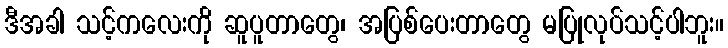
ဒီအခါ သင့်ကလေးကို ဆူပူတာတွေ၊ အပြစ်ပေးတာတွေ မပြုလုပ်သင့်ပါဘူး။